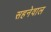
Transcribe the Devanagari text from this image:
सहनेवाल